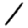
Digit: 1